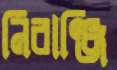
নিরাঞ্জি